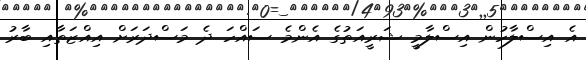
އެ އިސްލާހުން އިސްލާމީ ޝަރީއަތުގެ އެންމެ ސައްހަ ދެ މަސްދަރަށް އިއްޒަތާއި ބާރު